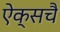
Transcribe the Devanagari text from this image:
ऐक्सचै